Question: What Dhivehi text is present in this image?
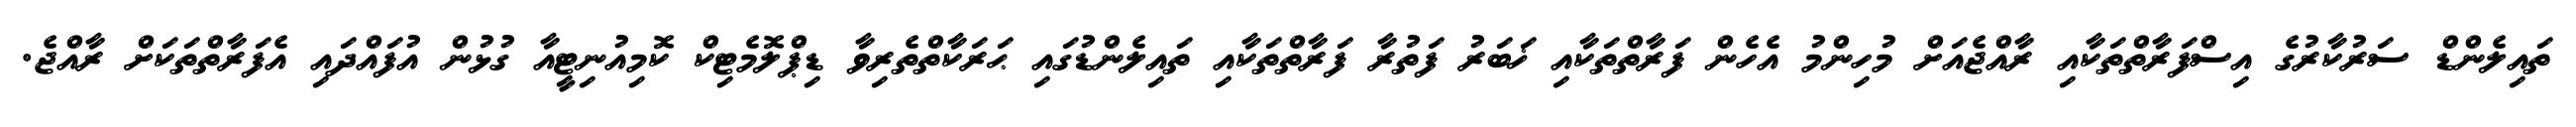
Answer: ތައިލެންޑް ސަރުކާރުގެ އިސްފަރާތްތަކާއި ރާއްޖެއަށް މުހިންމު އެހެން ފަރާތްތަކާއި ޚަބަރު ފަތުރާ ފަރާތްތަކާއި ތައިލެންޑުގައި ޙަރަކާތްތެރިވާ ޑިޕްލޮމެޓިކް ކޮމިއުނިޓީއާ ގުޅުން އުފައްދައި އެފަރާތްތަކަށް ރާއްޖެ.